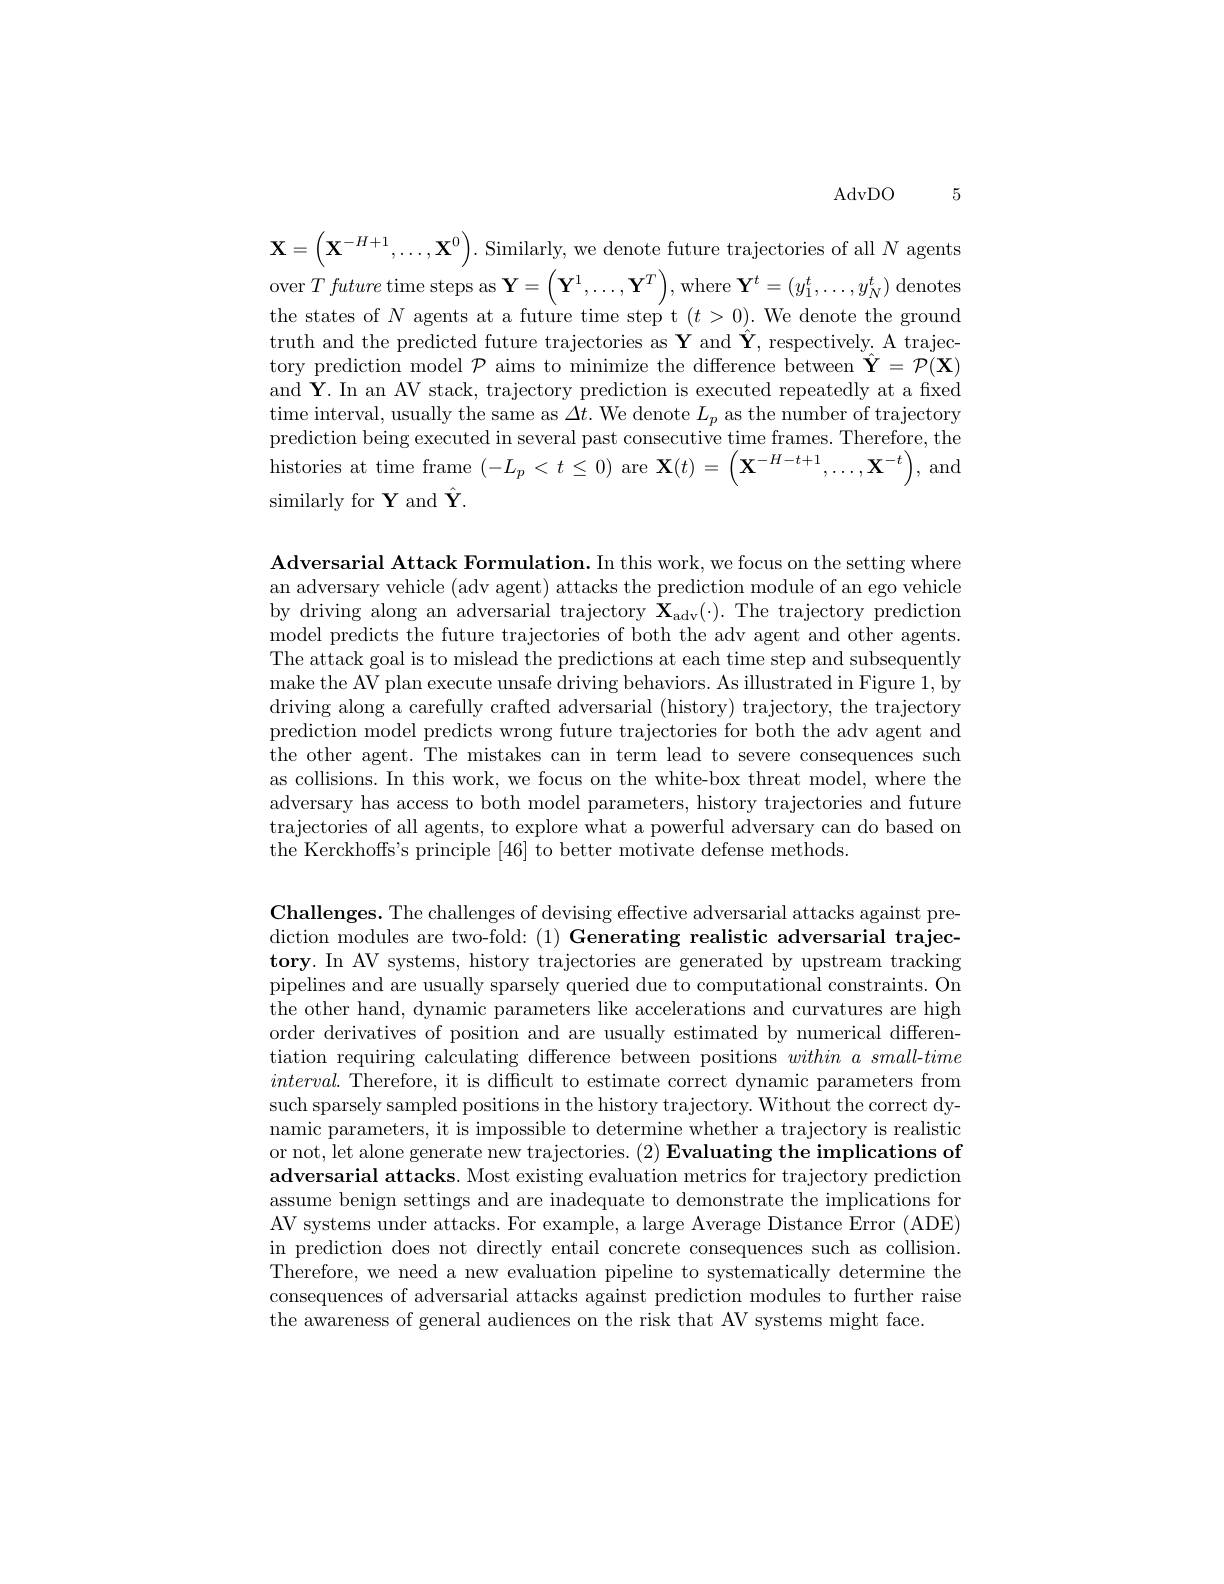
$AdvDO5$

$\mathbf{X}=\left(\mathbf{X}^{-H+1},\ldots,\mathbf{X}^0\right).$ Similarly, we denote future trajectories of all $N$ agent $\operatorname { over} T\textit{future time steps as Y}= \left ( \mathbf{Y} ^{1}, \ldots , \mathbf{Y} ^{T}\right ) $,where $\mathbf{Y}^t=(y_1^{t},\ldots,y_{N}^{t})$ denote the states of $N$ agents at a future time step t $(t>0).$ We denote the ground truth and the predicted future trajectories as $\mathbf{Y}$ and $\ddot{\mathbf{Y}}$, respectively. A trajectory prediction model $\mathcal{P}$ aims to minimize the difference between $\hat\mathbf{Y}=\mathcal{P}(\mathbf{X})$ and Y. In an AV stack, trajectory prediction is executed repeatedly at a fixed time interval, usually the same as $\Delta t.$ We denote $L_p$ as the number of trajectory prediction being executed in several past consecutive time frames. Therefore, the $\operatorname*{histories~at~time~frame~}(-L_{p}<t\leq0)$ are $\mathbf{X}(t)=\left(\mathbf{X}^{-H-t+1},\ldots,\mathbf{X}^{-t}\right)$, and $\operatorname{similarly}$ for $\mathbf{Y}$ and$\hat{\mathbf{Y}}.$

Adversarial Attack Formulation. In this work, we focus on the setting where an adversary vehicle (adv agent) attacks the prediction module of an ego vehicle by driving along an adversarial trajectory $\mathbf{X}_{\mathrm{adv}}(\cdot).$ The trajectory prediction model predicts the future trajectories of both the adv agent and other agents. The attack goal is to mislead the predictions at each time step and subsequently make the AV plan execute unsafe driving behaviors. As illustrated in Figure 1, by driving along a carefully crafted adversarial (history) trajectory, the trajectory prediction model predicts wrong future trajectories for both the adv agent and the other agent. The mistakes can in term lead to severe consequences such as collisions. In this work, we focus on the white-box threat model, where the adversary has access to both model parameters, history trajectories and future trajectories of all agents, to explore what a powerful adversary can do based on the Kerckhoffs's principle [46] to better motivate defense methods.

Challenges. The challenges of devising effective adversarial attacks against prediction modules are two-fold: (1) Generating realistic adversarial trajectory. In AV systems, history trajectories are generated by upstream tracking pipelines and are usually sparsely queried due to computational constraints. On the other hand, dynamic parameters like accelerations and curvatures are high order derivatives of position and are usually estimated by numerical differentiation requiring calculating difference between positions $withinasmall-time$ $interval.$ Therefore, it is difficult to estimate correct dynamic parameters from such sparsely sampled positions in the history trajectory. Without the correct dynamic parameters, it is impossible to determine whether a trajectory is realistic or not, let alone generate new trajectories. $( 2) \textbf{Evaluating the implications of}$ adversarial attacks. Most existing evaluation metrics for trajectory prediction assume benign settings and are inadequate to demonstrate the implications for AV systems under attacks. For example, a large Average Distance Error (ADE) in prediction does not directly entail concrete consequences such as collision Therefore, we need a new evaluation pipeline to systematically determine the consequences of adversarial attacks against prediction modules to further raise the awareness of general audiences on the risk that AV systems might face